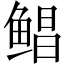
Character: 鲳